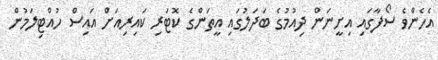
އެހެންވެ ސޯފާގައި އިށީނަން ދިއުމުގެ ބަދަލުގައި އީތަންގެ ކޮޓަރި ކައިރިއަށް އައިސް ހުއްޓިލަމުން